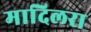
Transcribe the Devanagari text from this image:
मादिलरा